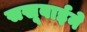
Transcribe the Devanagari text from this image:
सखूबाईने